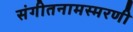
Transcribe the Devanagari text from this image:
संगीतनामस्मरणी